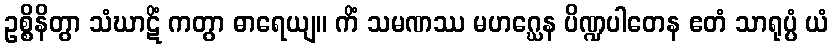
ဥစ္စိနိတွာ သံဃာဋိံ ကတွာ ဓာရေယျ။ ကိံ သမဏဿ မဟဂ္ဃေန ပိဏ္ဍပါတေန ဧတံ သာရုပ္ပံ ယံ